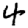
Digit: 4